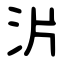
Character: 沜